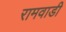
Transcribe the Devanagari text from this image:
रामवाडी